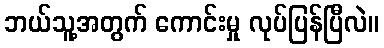
ဘယ်သူ့အတွက် ကောင်းမှု လုပ်ပြန်ပြီလဲ။